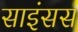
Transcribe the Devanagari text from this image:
साइंसस